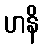
ဟနိ